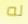
له